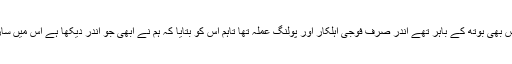
ایک کارکن نے کہا کہ صبح پولنگ ایجنٹس بھی بوتھ کے باہر تھے اندر صرف فوجی اہلکار اور پولنگ عملہ تھا تاہم اس کو بتایا کہ ہم نے ابھی جو اندر دیکھا ہے اس میں سارے ایجنٹس بوتھ کے اندر ہی بیٹھے ہیں ۔